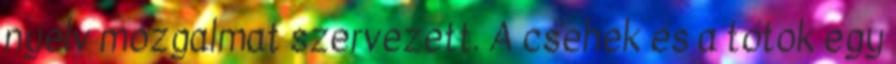
nyelv mozgalmat szervezett. A csehek és a tótok egy